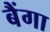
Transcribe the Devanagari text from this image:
बैंगा